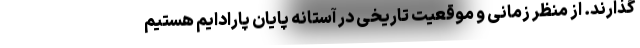
گذارند. از منظر زمانی و موقعیت تاریخی در آستانه پایان پارادایم هستیم